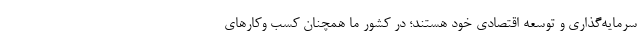
سرمایه‌گذاری و توسعه اقتصادی خود هستند؛ در کشور ما همچنان کسب وکارهای